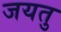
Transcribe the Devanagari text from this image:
जयतु